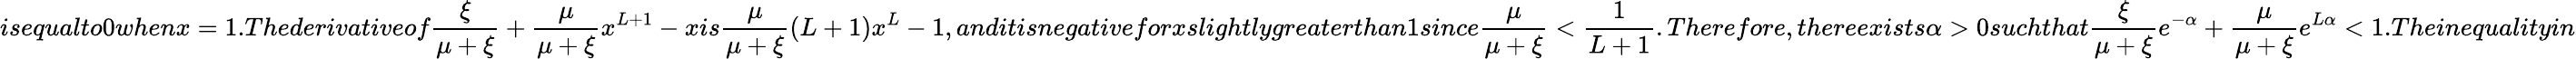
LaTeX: isequalto0whenx=1.Thederivativeof\frac{\xi}{\mu+\xi}+\frac{\mu}{\mu+\xi}x^{L+1}-xis\frac{\mu}{\mu+\xi}(L+1)x^{L}-1,anditisnegativeforxslightlygreaterthan1since\frac{\mu}{\mu+\xi}<\frac{1}{L+1}.Therefore,thereexists\alpha>0suchthat\frac{\xi}{\mu+\xi}e^{-\alpha}+\frac{\mu}{\mu+\xi}e^{L\alpha}<1.Theinequalityin